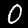
Digit: 0